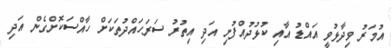
އުމަރު ވިދާޅުވީ އައްޑު އާއި ކުޅުދުއްފުށި އަދި އިތުރު ސަރަހައްދުތަކަށް ހާއްސަކޮށްގެން އަދި